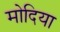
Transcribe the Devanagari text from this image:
मोदिया